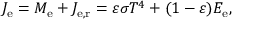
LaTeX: J _ { \mathrm { e } } = M _ { \mathrm { e } } + J _ { \mathrm { e , r } } = \varepsilon \sigma T ^ { 4 } + ( 1 - \varepsilon ) E _ { \mathrm { e } } ,